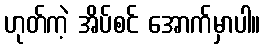
ဟုတ်ကဲ့ အိပ်စင် အောက်မှာပါ။